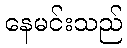
နေမင်းသည်